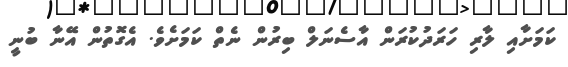
ކަމަށާއި ލާރި ހަރަދުކުރަން އާސެނަލް ބިރުން ނެތް ކަމަށެވެ. އެގޮތުން އޭނާ ބުނީ